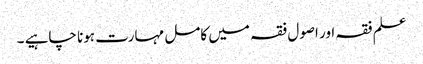
علم فقہ اور اصول فقہ میں کامل مہارت ہونا چاہیے ۔